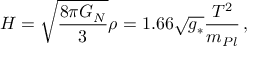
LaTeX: H = \sqrt { \frac { 8 \pi G _ { N } } { 3 } } \rho = 1 . 6 6 \sqrt { g _ { * } } \frac { T ^ { 2 } } { m _ { P l } } \, ,